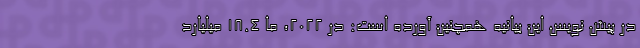
در پیش نویس این بیانیه همچنین آورده است: در ۲۰۲۲، ما ۱۸.۴ میلیارد